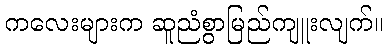
ကလေးများက ဆူညံစွာမြည်ကျူးလျက်။